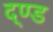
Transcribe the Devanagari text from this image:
द्ण्ड